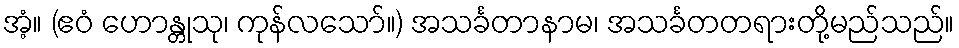
အံ့။ (ဧဝံ ဟောန္တုသု၊ ကုန်လသော်။) အသင်္ခတာနာမ၊ အသင်္ခတတရားတို့မည်သည်။